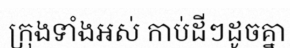
ក្រុងទាំងអស់ កាប់ដីៗដូចគ្នា